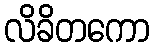
လိခိတကော